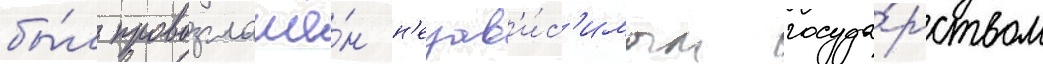
бы́л провозглашё́н н'езав'и́с'имым госуда́рством